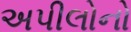
અપીલોનો